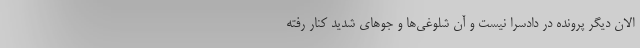
الان دیگر پرونده در دادسرا نیست و آن شلوغی‌ها و جو‌های شدید کنار رفته